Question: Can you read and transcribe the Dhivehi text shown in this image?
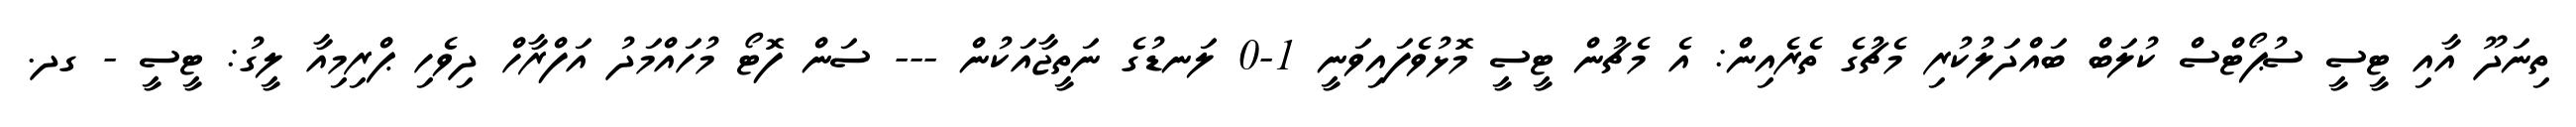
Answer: ތިނަދޫ އާއި ޓީސީ ސުޕޯޓްސް ކުލަބް ބައްދަލުކުރި މެޗުގެ ތެރެއިން: އެ މެޗުން ޓީސީ މޮޅުވެފައިވަނީ 1-0 ލަނޑުގެ ނަތީޖާއަކުން --- ސަން ފޮޓޯ މުހައްމަދު އަފްރާހް ދިވެހި ޕްރިމިއާ ލީގު: ޓީސީ - ގދ.